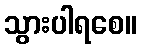
သွားပါရစေ။